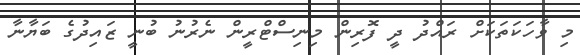
މި ވާހަކަތަކަށް ރައްދު ދީ ފޮރިން މިނިސްޓްރީން ނެރުނު ބުނީ ޒައިދުގެ ބަޔާނާ